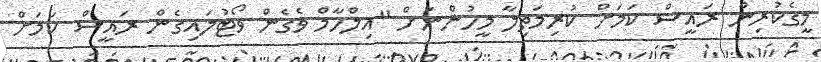
މީގެކުރިން ރައީސް ކަމަށް ކުރިމަތިލާ މީހުންނަށް "އިލްހާމް ވެގެން ވޯޓުލައިގެން ރައީސް ކަމަށް